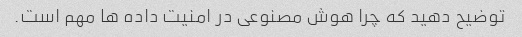
توضیح دهید که چرا هوش مصنوعی در امنیت داده ها مهم است.